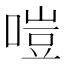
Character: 𠹛